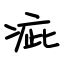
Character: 疵